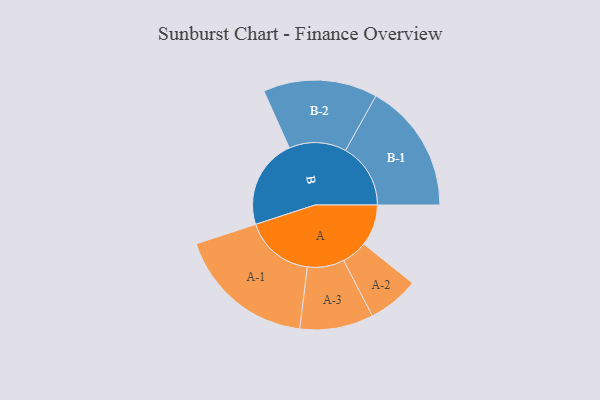
{"axis": {"x": "Segment", "y": "Value"}, "legend": ["", "A", "B"], "data": [{"x": "A", "y": 171, "type": ""}, {"x": "B", "y": 371, "type": ""}, {"x": "A-1", "y": 287, "type": "A"}, {"x": "A-2", "y": 106, "type": "A"}, {"x": "A-3", "y": 152, "type": "A"}, {"x": "B-1", "y": 269, "type": "B"}, {"x": "B-2", "y": 236, "type": "B"}]}